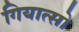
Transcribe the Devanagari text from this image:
गियात्सो